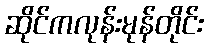
ဆိုင်ကလုန်းမုန်တိုင်း